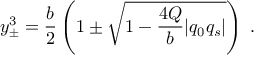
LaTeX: y _ { \pm } ^ { 3 } = { \frac { b } { 2 } } \left( 1 \pm \sqrt { 1 - { \frac { 4 Q } { b } } | q _ { 0 } q _ { s } | } \right) \; .